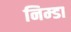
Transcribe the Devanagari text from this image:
निम्डा